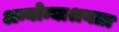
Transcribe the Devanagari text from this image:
अन्योन्याश्रयता